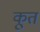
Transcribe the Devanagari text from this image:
कूत